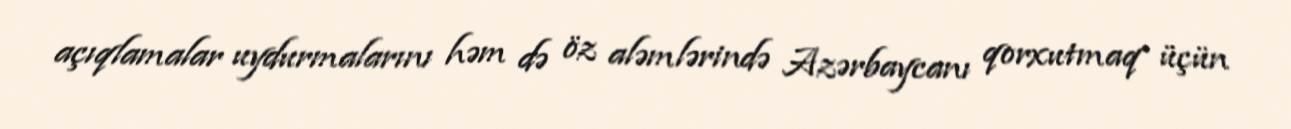
açıqlamalar uydurmalarını həm də öz aləmlərində Azərbaycanı qorxutmaq üçün